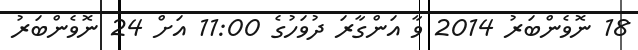
18 ނޮވެންބަރު 2014 ވާ އަންގާރަ ދުވަހުގެ 11:00 އަށް 24 ނޮވެންބަރު